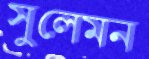
সুলেমন